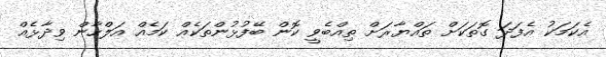
އެކަމަކު އެފަދަ ގޮތަކަށް ތައްޔާރަށް ތިއްބެވީ ކޮން ބޭފުޅުންތަކެއް ކަމެއް އަލްހާން ވިދާޅެއް